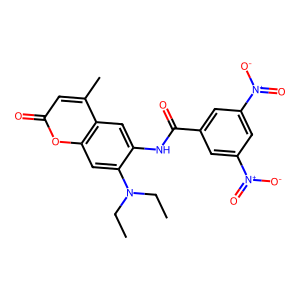
SMILES: CCN(CC)c1cc2oc(=O)cc(C)c2cc1NC(=O)c1cc([N+](=O)[O-])cc([N+](=O)[O-])c1
Inhibits HIV replication: No